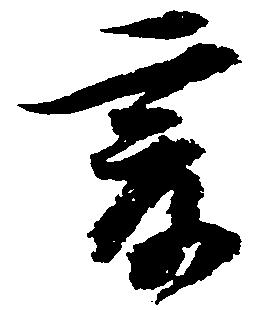
爰